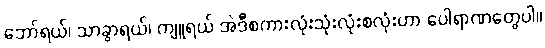
ဘော်ရယ်၊ သာခွာရယ်၊ ကျူရယ် အဲဒီစကားလုံးသုံးလုံးစလုံးဟာ ပေါရာဏတွေပါ။